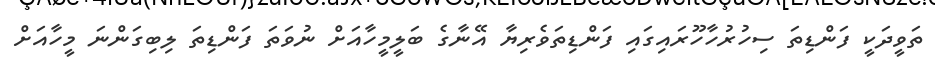
ތަވީދަކީ ފަންޑިތަ ސިހުރުހާހޫރައިގައި ފަންޑިތަވެރިޔާ އޭނާގެ ބަލީމީހާއަށް ނުވަތަ ފަންޑިތަ ލިބިގަންނަ މީހާއަށް